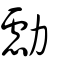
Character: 勴